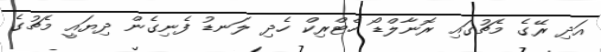
އަދި ރޭގެ މެޗުގައި ރޮނާލްޑޯ ހެޓްރިކް ހެދި ލަނޑު ފެނިގެން ދިޔައީ މެޗުގެ